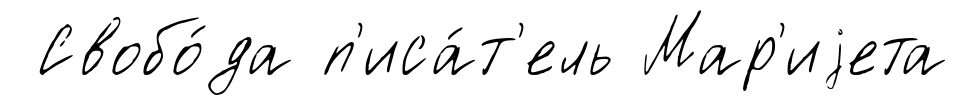
Свобо́да п'иса́т'ель Мар'иjета